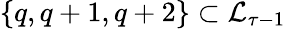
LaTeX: \{ q,q+1,q+2\} \subset\mathcal{L}_{\tau-1}